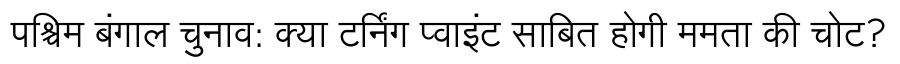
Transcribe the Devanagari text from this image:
पश्चिम बंगाल चुनाव: क्या टर्निंग प्वाइंट साबित होगी ममता की चोट?